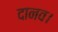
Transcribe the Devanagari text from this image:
दानव।